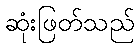
ဆုံးဖြတ်သည်